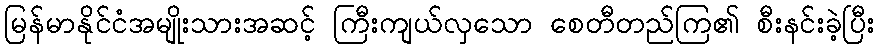
မြန်မာနိုင်ငံအမျိုးသားအဆင့် ကြီးကျယ်လှသော စေတီတည်ကြ၏ စီးနင်းခဲ့ပြီး